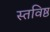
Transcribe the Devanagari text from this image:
स्तविष्ठ